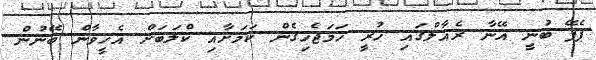
ޕެޕޭ ބުނީ އޭނާ ރެއާލްގައި ހުރީ ހަމަޖެހިގެން ކަމަށާއި ކްލަބަށް އެހީވާން ބޭނުން